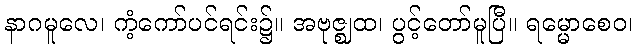
နာဂမူလေ၊ ကံ့ကော်ပင်ရင်း၌။ အဗုဇ္ဈထ၊ ပွင့်တော်မူပြီ။ ရမ္မောစေဝ၊